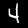
Label: 4